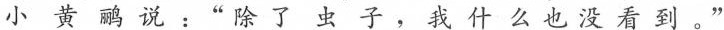
小黄鹂说：”除了虫子，我什么也没看到。”